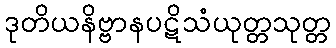
ဒုတိယနိဗ္ဗာနပဋိသံယုတ္တသုတ္တ